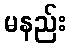
မနည်း